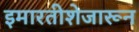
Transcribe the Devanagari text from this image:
इमारतीशेजारून